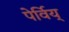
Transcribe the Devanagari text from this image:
पेर्विय्